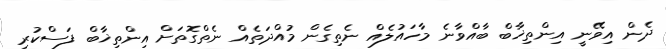
ދެން އިވޭނީ އިންތިޚާބް ބާއްވާނެ މާހައުލެއް ނެތިގެން މުއްދަތެއް ނެތްގޮތަށް އިންތިޚާބް ފަސްކުރި